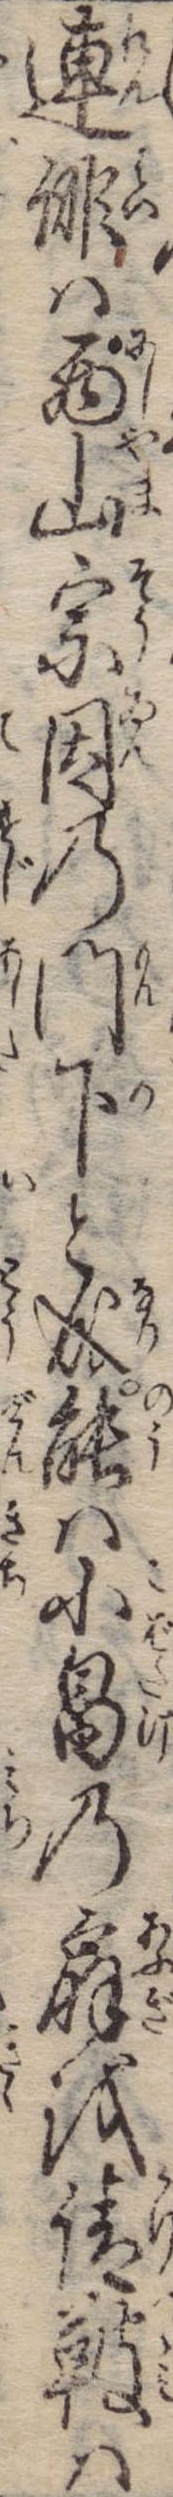
連俳は西山宗因の門下と成能は小畠の扇を請鼓は